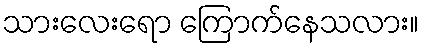
သားလေးရော ကြောက်နေသလား။